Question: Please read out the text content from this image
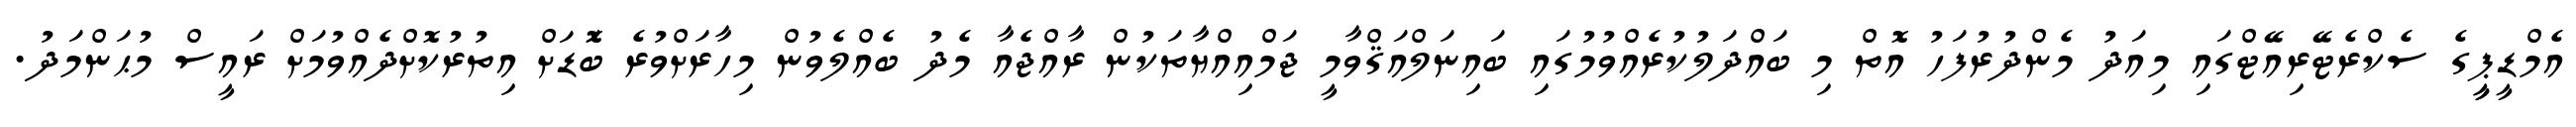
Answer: އެމްޑީޕީީގެ ސެކްރެޓޭރިއޭޓްގައި މިއަދު މެންދުރުފަހު އޮތް މި ބައްދަލުކުރެއްވުމުގައި ބައިނަލްއަޤްވާމީ ޖަމްއިއްޔާތަކުން ރާއްޖެއާ މެދު ބެއްލެވުން މިހާރަށްވުރެ ބޮަޑަށް އިތުރުކޮށްދެއްވުމަށް ރައީސް މުޙަންމަދު.